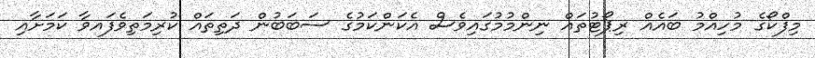
މިފްކޯގެ މުހިއްމު ބައެއް ރިޕޯޓުތައް ނިންމުމުގައިވެސް އެކަންކަމުގެ ސަބަބުން ދަތިތައް ކުރިމަތިވެފައވާ ކަމަށާއި